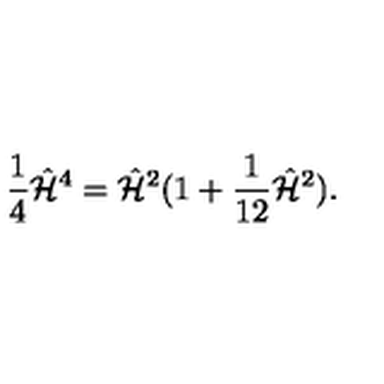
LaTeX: { \frac { 1 } { 4 } } \hat { \cal H } ^ { 4 } = \hat { \cal H } ^ { 2 } ( 1 + { \frac { 1 } { 1 2 } } \hat { \cal H } ^ { 2 } ) .